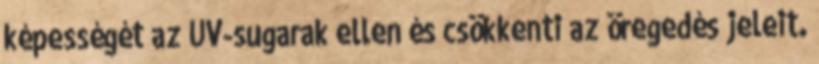
képességét az UV-sugarak ellen és csökkenti az öregedés jeleit.